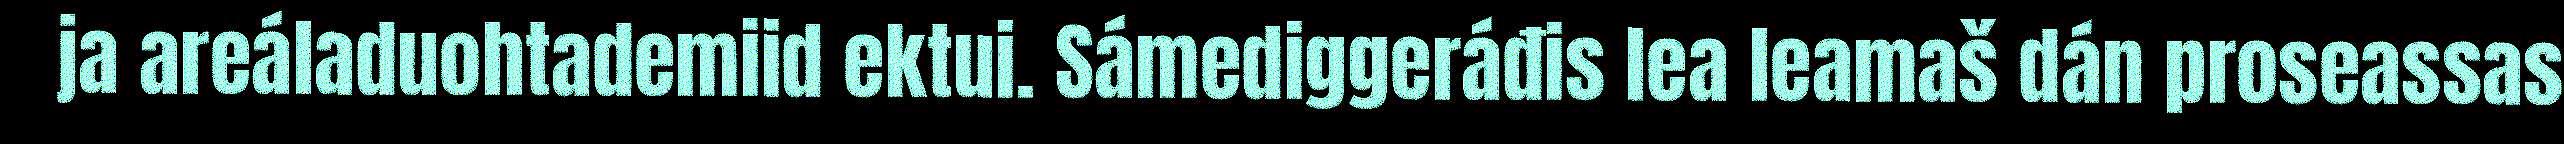
ja areáladuohtademiid ektui. Sámediggeráđis lea leamaš dán proseassas